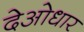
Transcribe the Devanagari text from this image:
देओधार